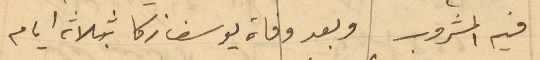
فيه المشروب وبعد وفاة يوسف زكا بثلاثه ايام